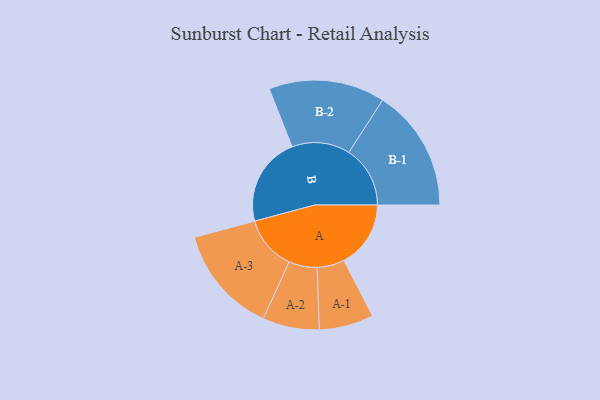
{"axis": {"x": "Segment", "y": "Value"}, "legend": ["", "A", "B"], "data": [{"x": "A", "y": 319, "type": ""}, {"x": "B", "y": 426, "type": ""}, {"x": "A-1", "y": 130, "type": "A"}, {"x": "A-2", "y": 135, "type": "A"}, {"x": "A-3", "y": 258, "type": "A"}, {"x": "B-1", "y": 292, "type": "B"}, {"x": "B-2", "y": 277, "type": "B"}]}